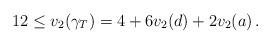
LaTeX: \begin{align*}12\leq v_{2}\!\left( \gamma_{T}\right) =4+6v_{2}\!\left( d\right)+2v_{2}\!\left( a\right) . \end{align*}